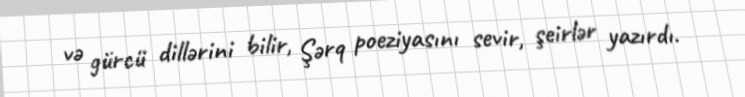
və gürcü dillərini bilir, Şərq poeziyasını sevir, şeirlər yazırdı.